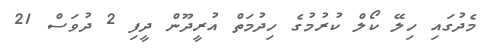
މެދުގައި ހިލޭ ކޯލް ކުރުމުގެ ހިދުމަތް އުރީދޫން ދީފި 2 ދުވަސް 21